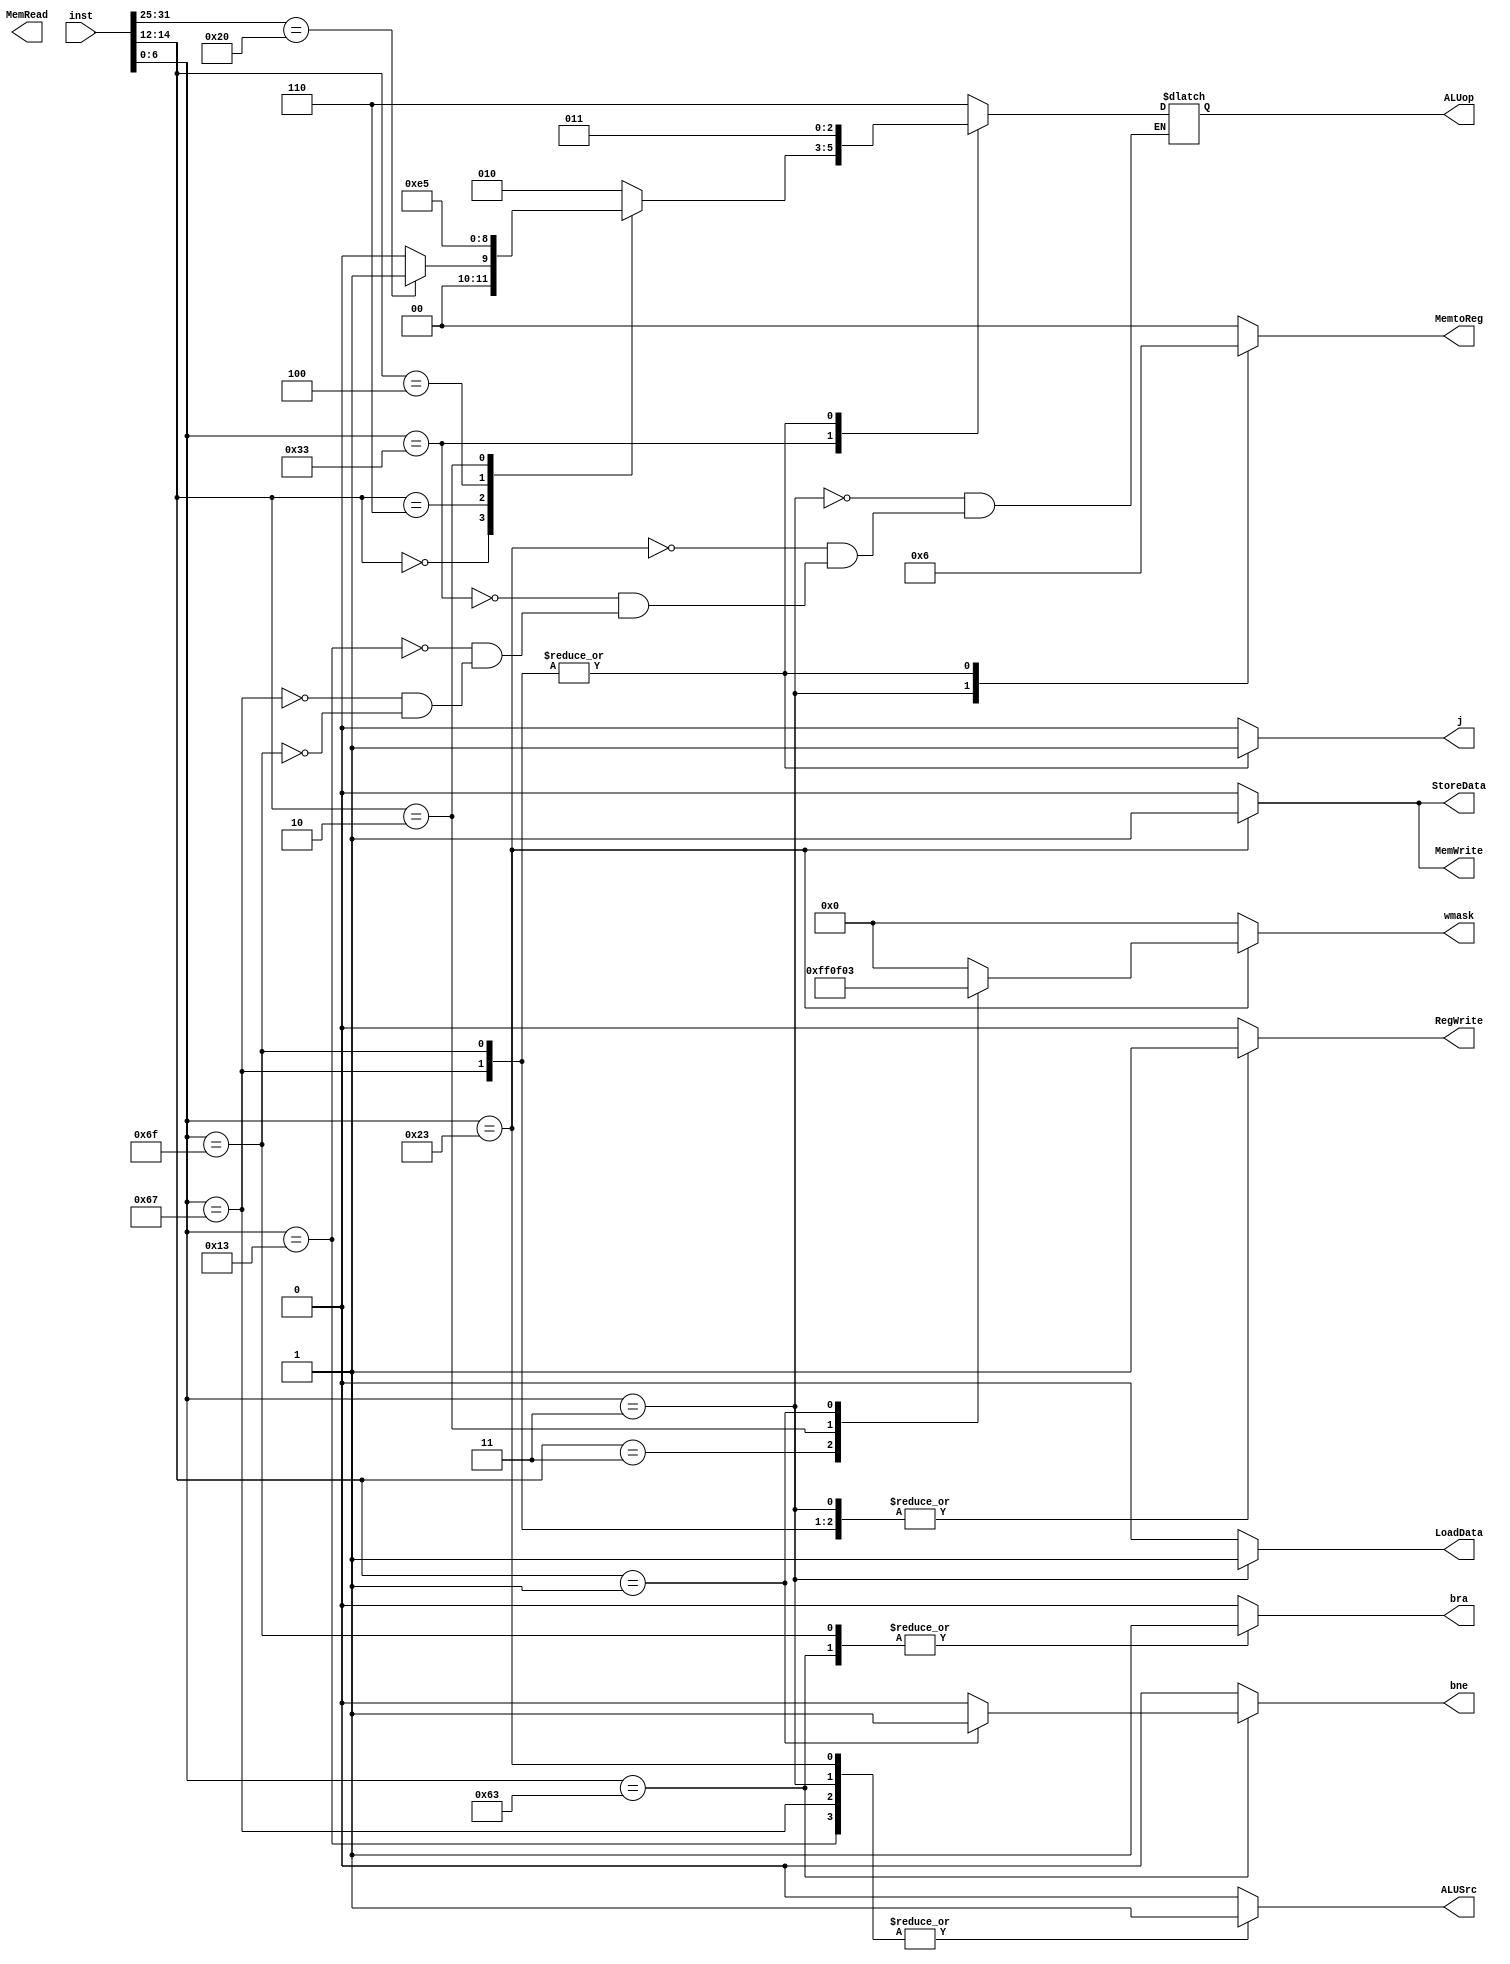
`timescale 1ns / 1ps

//----Defined Constants----

//----ALUOp----
`define AddALU     3'b000
`define SubALU     3'b001
`define AndALU     3'b010
`define OrALU      3'b011
`define XorALU     3'b100
`define SLTALU     3'b101
`define AddiALU    3'b110 //Add vs ADDI**






//----Load from mem----
`define LD              3'b011
`define LW              3'b010
`define LWU             3'b110
`define LH              3'b001
`define LHU             3'b101
//----Store to mem----
`define SD              3'b011
`define SW              3'b010
`define SH              3'b001




//----Funct3----
//||Arithmetic||
`define Addf3             3'b000
`define Andf3             3'b111
`define Orf3              3'b110
`define Xorf3             3'b100
`define SLTf3             3'b010

//||Conditional Jump||
`define BNEf3             3'b001


//----Funct7----
//||Arithmetic||
`define Subf7            7'b0100000



//----Opcode----
`define ARITHopcode           7'b0110011
`define ADDIopcode            7'b0010011 
`define COND_BRAopcode        7'b1100011
`define JALopcode             7'b1101111
`define JALRopcode            7'b1100111
`define LOADopcode            7'b0000011
`define STOREopcode           7'b0100011


module control_unit(
    inst, 
    ALUSrc, ALUop,
    MemWrite, MemRead, RegWrite, MemtoReg,
    j, bra,  bne, 
    StoreData, LoadData,wmask

    );
    
    input [31:0] inst;
    output reg ALUSrc; 
    output reg [2:0] ALUop;
    output reg MemWrite;
    output reg MemRead;
    output reg RegWrite;
    output reg [1:0] MemtoReg;
    output reg j, bra, bne;
    output reg StoreData, LoadData; 
    output reg [7:0] wmask; 
    
    wire [6:0] funct7;
    wire [2:0] funct3;
    wire [6:0] opcode;
    
    assign funct7=inst[31:25];
    assign funct3=inst[14:12];
    assign opcode=inst[6:0];
    
    always@(*)begin
        case (opcode)
        `LOADopcode: begin 
                ALUSrc <= 1; 
                ALUop <= `AddiALU; 
                MemWrite <= 0;
                RegWrite <= 1; 
                MemtoReg <= 2'b01;  
                bra <= 0;
                bne <= 0;    
                j <= 0;           
                StoreData <= 0;  
                LoadData <= 1;
                wmask <= 8'd0;
        end
        

         `STOREopcode: begin 
                ALUSrc <= 1;
                ALUop <= `AddiALU; 
                MemWrite <= 1;
                RegWrite <= 0;   
                MemtoReg <= 2'b00;
                bra <= 0;
                bne <= 0;  
                j <= 0;
                StoreData <= 1;
                LoadData <= 0;
                
                    case(funct3)
                        `SD: wmask <= 8'b11111111;
                        `SW: wmask <= 8'b00001111;
                        `SH: wmask <= 8'b00000011;
                        default: wmask <= 8'd0;
                    endcase
        end
        

            `ARITHopcode: begin 
                ALUSrc <= 0;
                MemWrite <= 0;
                RegWrite <= 1;
                MemtoReg <= 2'b00;
                bra <= 0;
                bne <= 0;       
                j <= 0;
                wmask <= 8'd0;
                StoreData <= 0;
                LoadData <= 0;
                
                
                    case(funct3)
                        `Addf3: begin 
                        
                            if(funct7 == `Subf7) 
                            ALUop <= `SubALU; 
                             else 
                             ALUop <= `AddALU; 
                        end

                    `Andf3: ALUop <= `AndALU;
                    `Orf3:  ALUop <= `OrALU;
                    `Xorf3: ALUop <= `XorALU;
                    `SLTf3: ALUop <= `SLTALU;
                    default: ALUop <= `AndALU;
                endcase
        end



            `ADDIopcode: begin 
                ALUSrc <= 1;
                ALUop <= `AddiALU; 
                MemWrite <= 0;
                RegWrite <= 1;  
                MemtoReg <= 2'b00;
                bra <= 0;
                bne <= 0;   
                j <= 0;
                StoreData <= 0;
                LoadData <= 0;
                wmask <= 8'd0; 
                
        end
        
        
        
        
        
        `COND_BRAopcode: begin 
                ALUSrc <= 0;
                MemWrite <= 0;
                RegWrite <= 0;
                MemtoReg <= 2'b00;
                bra <= 1;      
                j <= 0;
                wmask <= 8'd0;
                StoreData <= 0;
                LoadData <= 0;
            
                if(funct3 == 3'b001) 
                    bne <= 1; 
                 else        
                    bne <= 0;  
        end
        
         `JALRopcode: begin 
                ALUSrc <= 1;
                ALUop <= 4'b1011;
                MemWrite <= 0;
                RegWrite <= 1;   
                MemtoReg <= 2'b10; 
                bra <= 0;
                bne <= 0; 
                j <= 1;
                wmask <= 8'd0;
                StoreData <= 0;
                LoadData <= 0;
                           
        end
        
         `JALopcode: begin 
                ALUSrc<= 0;
                ALUop <= 4'b1011;
                MemWrite <= 0;
                RegWrite <= 1;
                MemtoReg <= 2'b10;
                bra <= 1; 
                bne <= 0;    
                j <= 1;
                wmask <= 8'd0;
                StoreData <= 0;
                LoadData <= 0;
                   
        end
        
         default: begin
                ALUSrc <= 0;
                MemWrite <=0;
                RegWrite <= 0; 
                MemtoReg <=2'b00;
                bra <= 0;
                bne <= 0;
                j <= 0;
                wmask <= 8'd0;
                StoreData <= 0;
                LoadData <= 0;
        end 
    endcase
end
    
endmodule